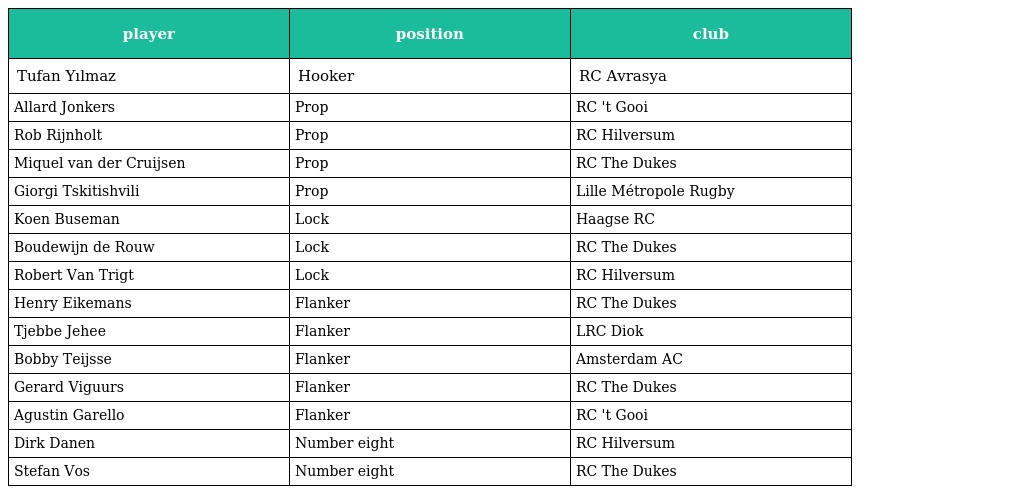
| player | position | club |
 | --- | --- | --- |
 | Tufan Yılmaz | Hooker | RC Avrasya |
 | Allard Jonkers | Prop | RC 't Gooi |
 | Rob Rijnholt | Prop | RC Hilversum |
 | Miquel van der Cruijsen | Prop | RC The Dukes |
 | Giorgi Tskitishvili | Prop | Lille Métropole Rugby |
 | Koen Buseman | Lock | Haagse RC |
 | Boudewijn de Rouw | Lock | RC The Dukes |
 | Robert Van Trigt | Lock | RC Hilversum |
 | Henry Eikemans | Flanker | RC The Dukes |
 | Tjebbe Jehee | Flanker | LRC Diok |
 | Bobby Teijsse | Flanker | Amsterdam AC |
 | Gerard Viguurs | Flanker | RC The Dukes |
 | Agustin Garello | Flanker | RC 't Gooi |
 | Dirk Danen | Number eight | RC Hilversum |
 | Stefan Vos | Number eight | RC The Dukes |